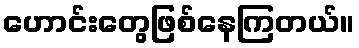
ဟောင်းတွေဖြစ်နေကြတယ်။